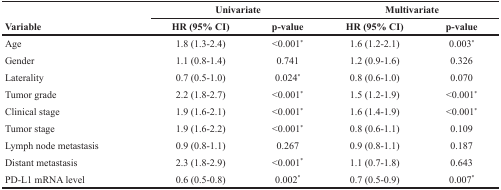
<table><thead><tr><td rowspan="2"><b>Variable</b></td><td colspan="2"><b>Univariate</b></td><td colspan="2"><b>Multivariate</b></td></tr><tr><td><b>HR (95% CI)</b></td><td><b>p-value</b></td><td><b>HR (95% CI)</b></td><td><b>p-value</b></td></tr></thead><tbody><tr><td>Age</td><td>1.8 (1.3-2.4)</td><td>&lt;0.001*</td><td>1.6 (1.2-2.1)</td><td>0.003*</td></tr><tr><td>Gender</td><td>1.1 (0.8-1.4)</td><td>0.741</td><td>1.2 (0.9-1.6)</td><td>0.326</td></tr><tr><td>Laterality</td><td>0.7 (0.5-1.0)</td><td>0.024*</td><td>0.8 (0.6-1.0)</td><td>0.070</td></tr><tr><td>Tumor grade</td><td>2.2 (1.8-2.7)</td><td>&lt;0.001*</td><td>1.5 (1.2-1.9)</td><td>&lt;0.001*</td></tr><tr><td>Clinical stage</td><td>1.9 (1.6-2.1)</td><td>&lt;0.001*</td><td>1.6 (1.4-1.9)</td><td>&lt;0.001*</td></tr><tr><td>Tumor stage</td><td>1.9 (1.6-2.2)</td><td>&lt;0.001*</td><td>0.8 (0.6-1.1)</td><td>0.109</td></tr><tr><td>Lymph node metastasis</td><td>0.9 (0.8-1.1)</td><td>0.267</td><td>0.9 (0.8-1.1)</td><td>0.187</td></tr><tr><td>Distant metastasis</td><td>2.3 (1.8-2.9)</td><td>&lt;0.001*</td><td>1.1 (0.7-1.8)</td><td>0.643</td></tr><tr><td>PD-L1 mRNA level</td><td>0.6 (0.5-0.8)</td><td>0.002*</td><td>0.7 (0.5-0.9)</td><td>0.007*</td></tr></tbody></table>